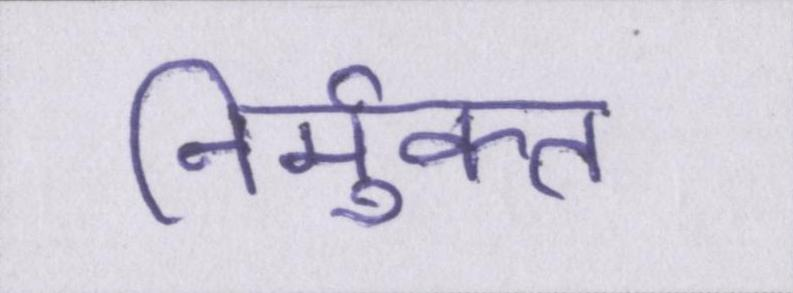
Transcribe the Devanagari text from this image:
निर्मुक्त